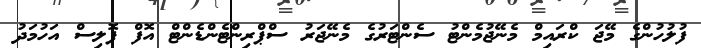
ފުލުހުންގެ މޭޖަ ކްރައިމް މެނޭޖުމެންޓު ސެންޓަރުގެ މެނޭޖަރު ސްޕްރިންޓެންޑެންޓް އޮފް ޕޮލިސް އަހުމަދު